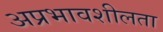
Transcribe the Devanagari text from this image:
अप्रभावशीलता